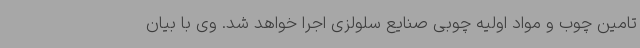
تامین چوب و مواد اولیه چوبی صنایع سلولزی اجرا خواهد شد. وی با بیان